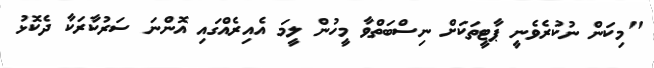
"މިކަން ނުކުރެވެނީ ޕާޓީތަކަށް ނިސްބަތްވާ މީހުން ލީމަ އެއިރެއްގައި އޮންނަ ސަރުކާރަކާ ދެކޮޅު